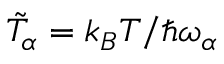
\tilde { T } _ { \alpha } = k _ { B } T / \hbar \omega _ { \alpha }